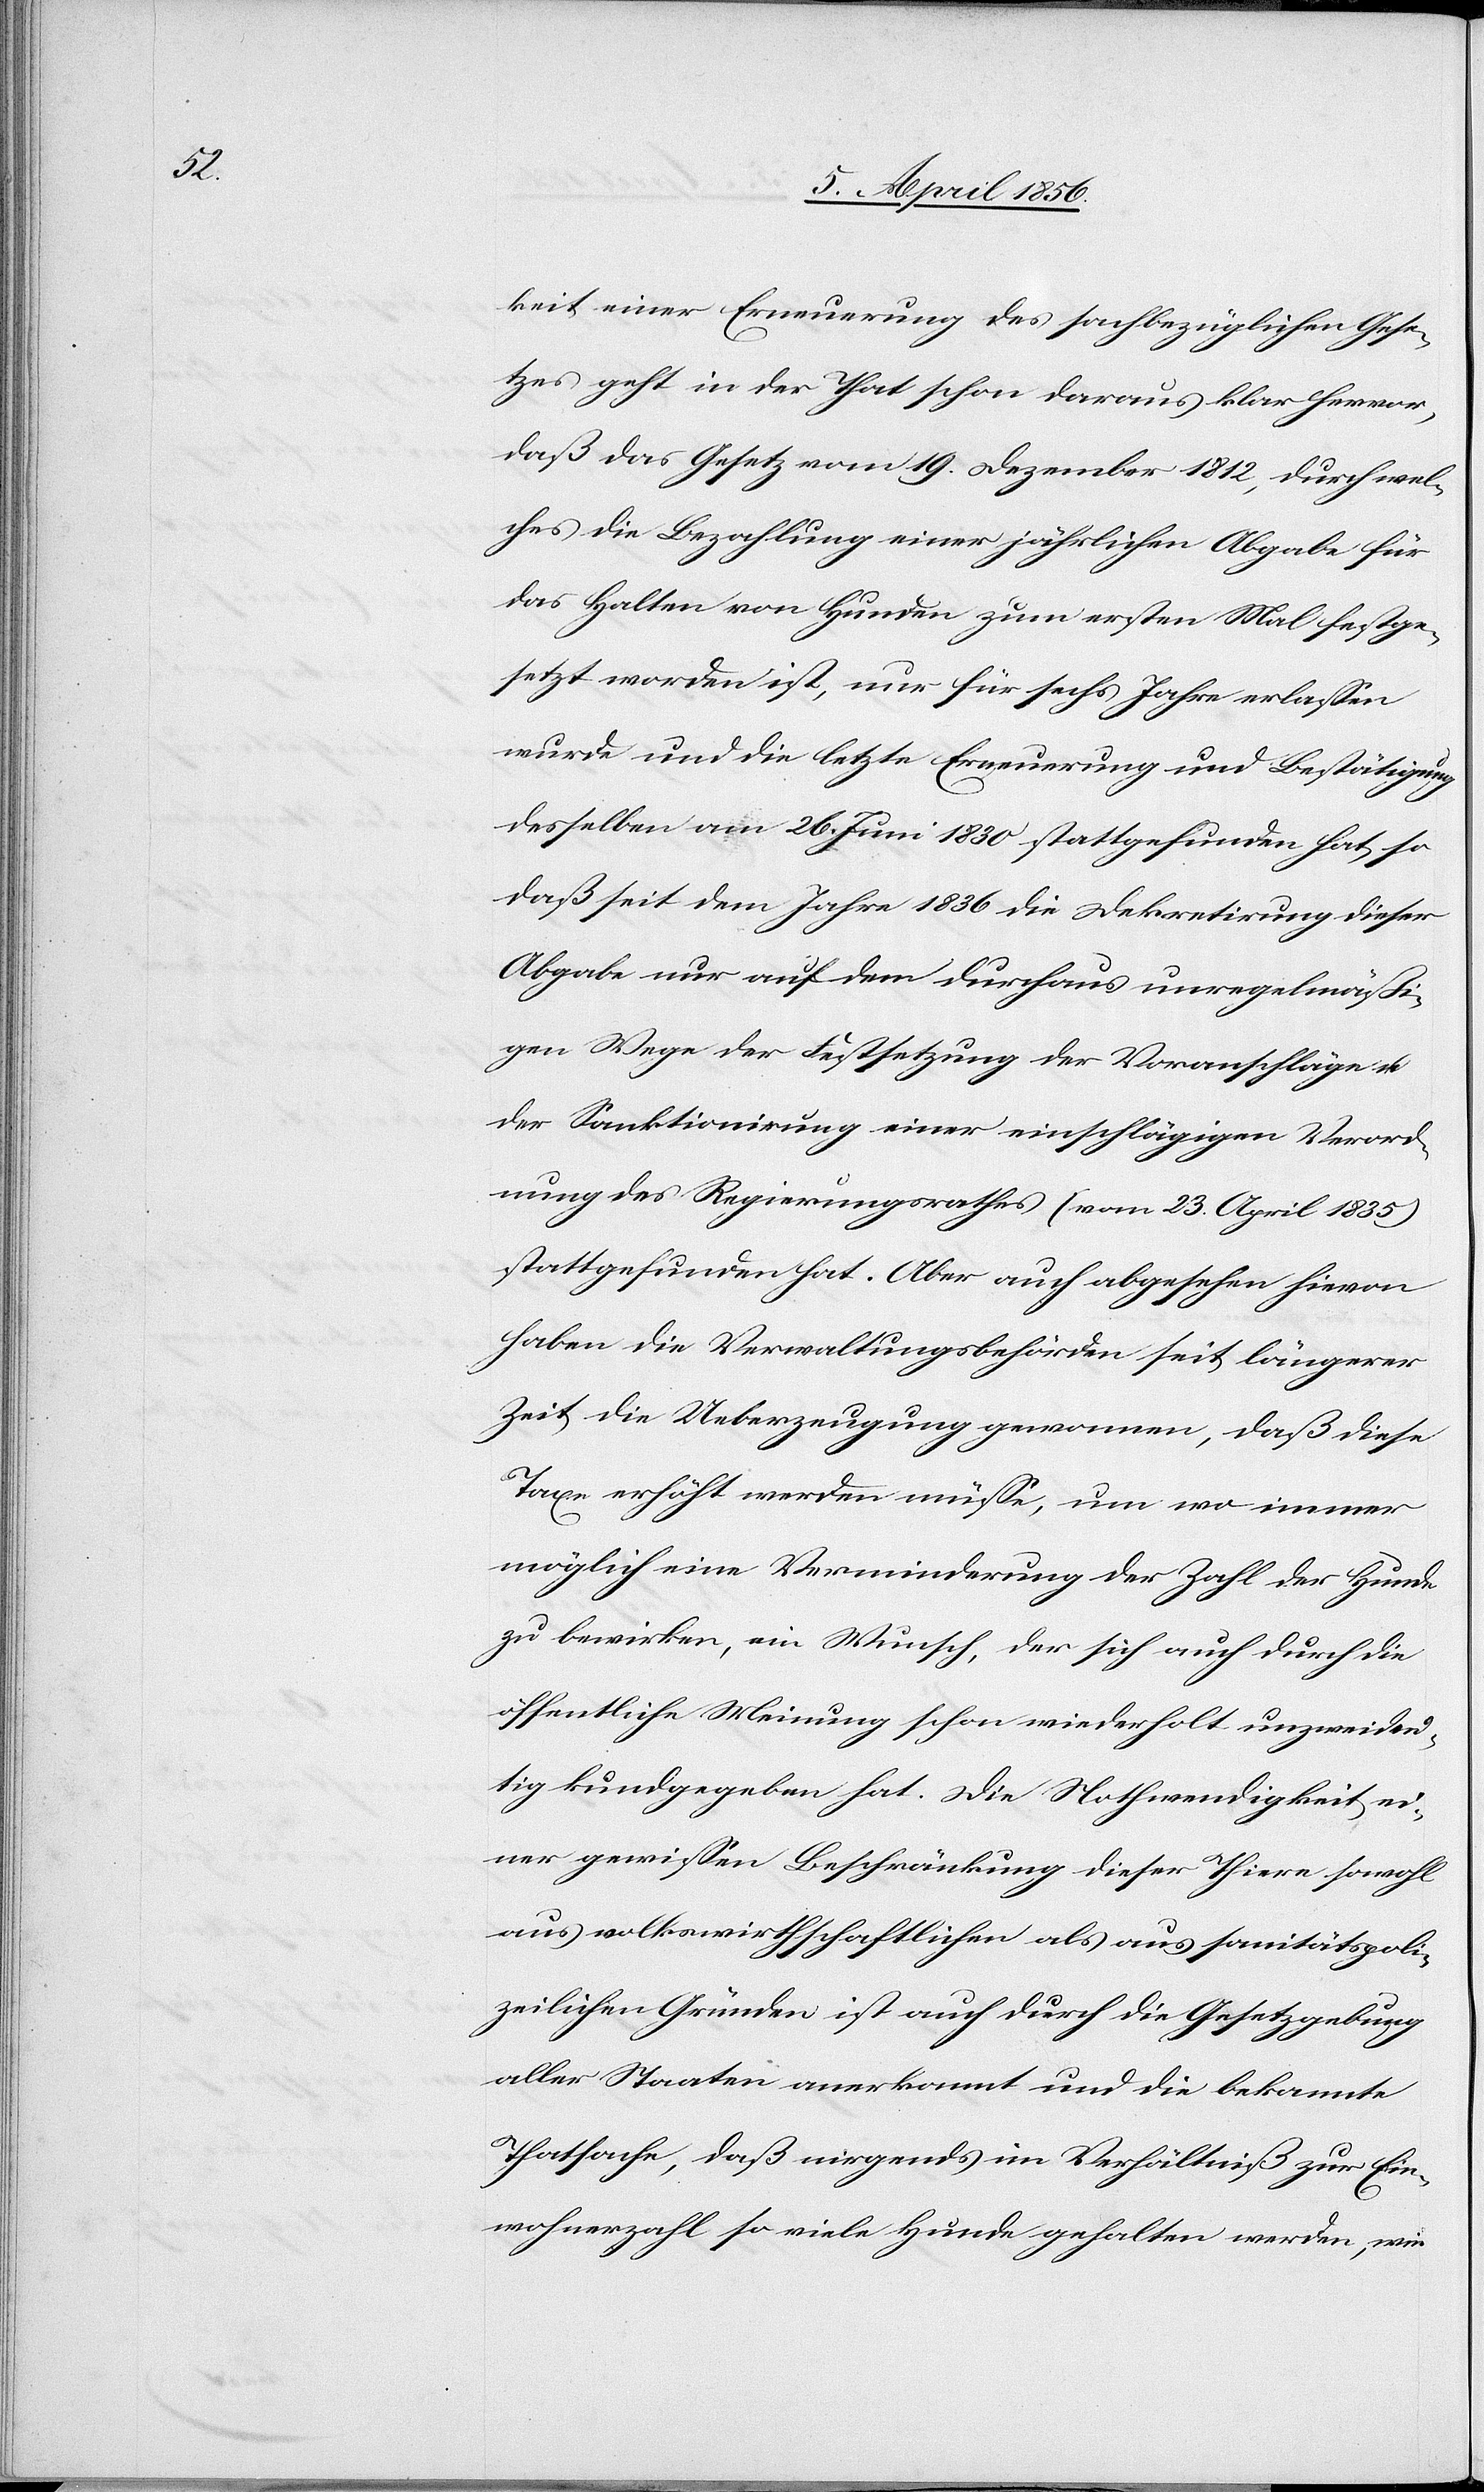
keit einer Erneuerung des sachbezüglichen Gese¬
tzes geht in der That schon daraus klar hervor,
daß das Gesetz vom 19. Dezember 1812, durch wel¬
ches die Bezahlung einer jährlichen Abgabe für
das Halten von Hunden zum ersten Mal festge¬
setzt worden ist, nur für sechs Jahre erlassen
wurde und die letzte Erneuerung und Bestätigung
desselben am 26. Juni 1830 stattgefunden hat, so
daß seit dem Jahre 1836 die Dekretirung dieser
Abgabe nur auf dem durchaus unregelmäßi¬
gen Wege der Festsetzung der Voranschläge u.
der Sanktionirung einer einschlägigen Verord¬
nung des Regierungsrathes (vom 23. April 1835)
stattgefunden hat. Aber auch abgesehen hievon
haben die Verwaltungsbehörden seit längerer
Zeit die Ueberzeugung gewonnen, daß diese
Taxe erhöht werden müsse, um wo immer
möglich eine Verminderung der Zahl der Hunde
zu bewirken, ein Wunsch, der sich auch durch die
öffentliche Meinung schon wiederholt unzweideu¬
tig kundgegeben hat. Die Nothwendigkeit ei¬
ner gewissen Beschränkung dieser Thiere sowohl
aus volkswirthschaftlichen als aus sanitätspoli¬
zeilichen Gründen ist auch durch die Gesetzgebung
aller Staaten anerkannt und die bekannte
Thatsache, daß nirgends im Verhältniß zur Ein¬
wohnerzahl so viele Hunde gehalten werden, wie